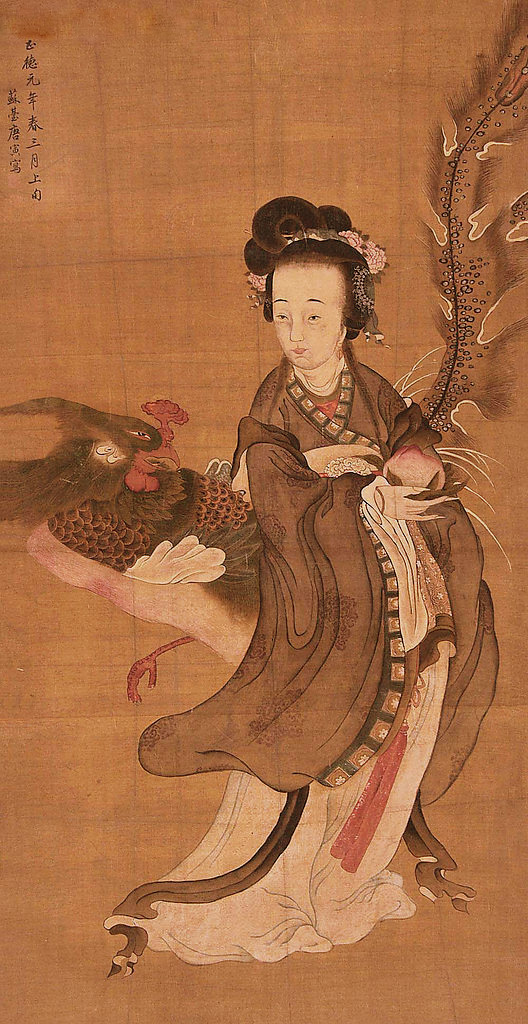
触帘风送景阳钟，鸳被绣花重。